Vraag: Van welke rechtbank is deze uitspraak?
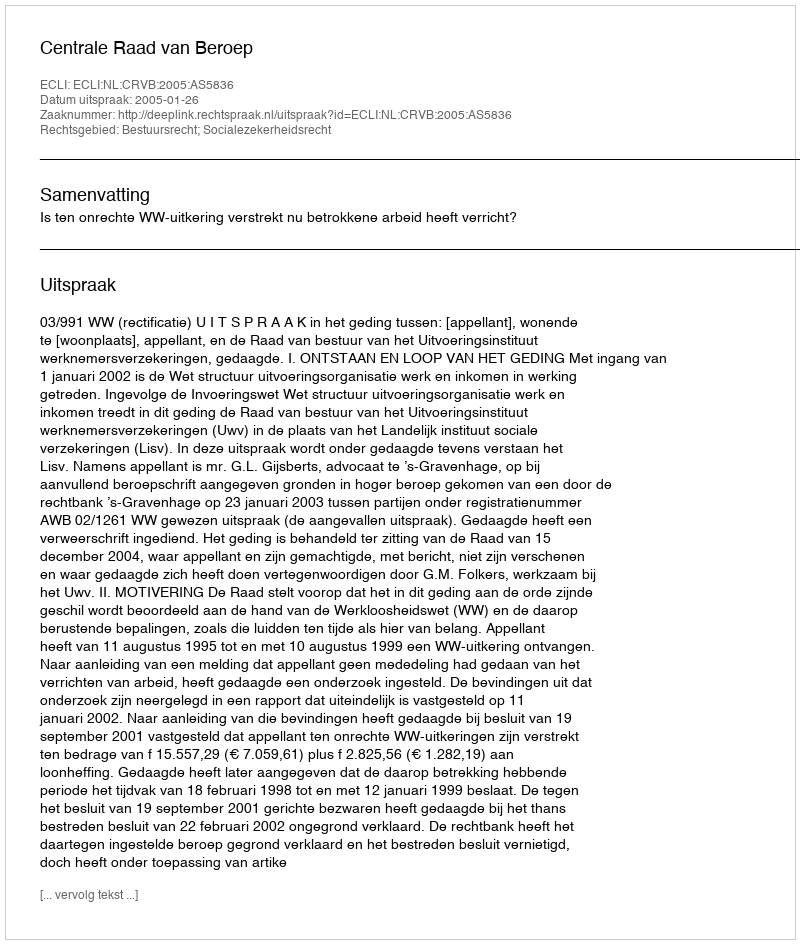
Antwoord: Centrale Raad van Beroep